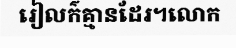
រៀលក៌គ្មានដែរ។លោក